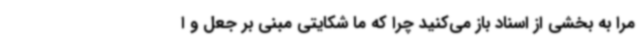
مرا به بخشی از اسناد باز می‌کنید چرا که ما شکایتی مبنی بر جعل و ا